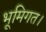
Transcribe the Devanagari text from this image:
भूमिगत।